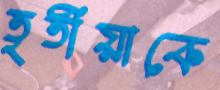
তৃতীয়াকে